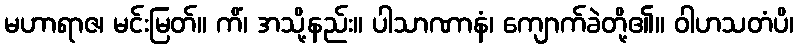
မဟာရာဇ၊ မင်းမြတ်။ ကိံ၊ အသို့နည်း။ ပါသာဏာနံ၊ ကျောက်ခဲတို့၏။ ဝါဟသတံပိ၊